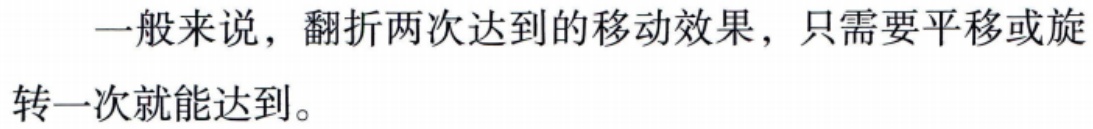
一般来说，翻折两次达到的移动效果，只需要平移或旋转一次就能达到。